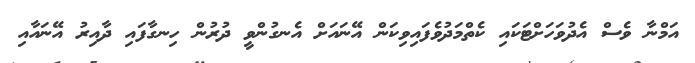
އަމްނާ ވެސް އެދުވަހަށްޓަކައި ކެތްމަދުވެފައިވިކަން އޭނައަށް އެނގުންވީ ދުރުން ހިނގާފައި ދާއިރު އޭނައާއި